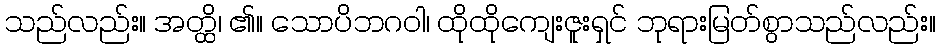
သည်လည်း။ အတ္ထိ၊ ၏။ သောပိဘဂဝါ၊ ထိုထိုကျေးဇူးရှင် ဘုရားမြတ်စွာသည်လည်း။